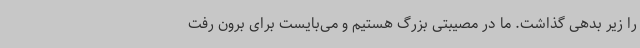
را زیر بدهی گذاشت. ما در مصیبتی بزرگ هستیم و می‌بایست برای برون رفت